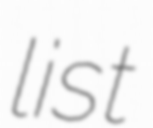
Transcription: list